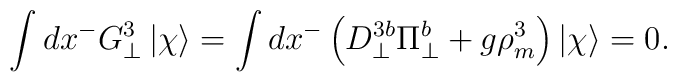
\int dx^- G_{\bot}^3 \, |\chi \rangle =\int dx^- \left ( D_{\bot}^{3b} \Pi_{\bot}^b + g\rho_m^3 \right )|\chi \rangle =0.